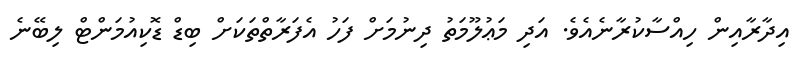
އިދާރާއިން ހިއްސާކުރާނެއެވެ. އަދި މަޢުލޫމަތު ދިނުމަށް ފަހު އެފަރާތްތަކަށް ބިޑް ޑޮކިއުމަންޓް ލިބޭނެ